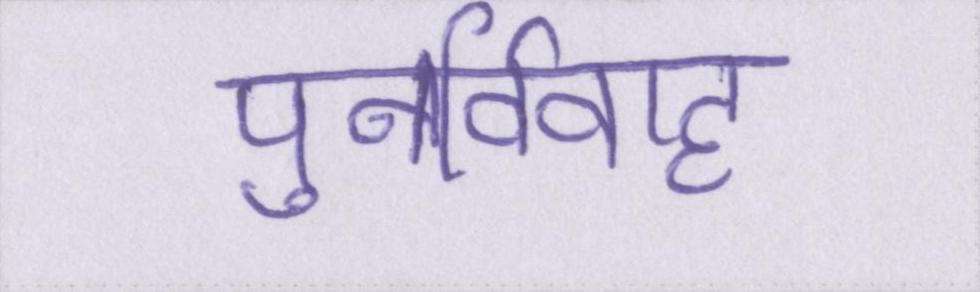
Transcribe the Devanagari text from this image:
पुनर्विवाह